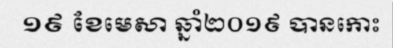
១៩ ខែមេសា ឆ្នាំ២០១៩ បានកោះ